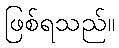
ဖြစ်ရသည်။